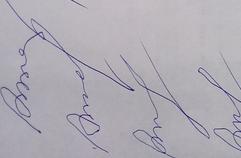
Signature authenticity: forged